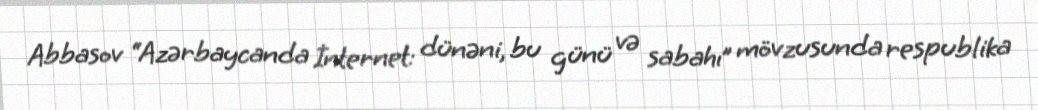
Abbasov “Azərbaycanda İnternet: dünəni, bu günü və sabahı” mövzusunda respublika